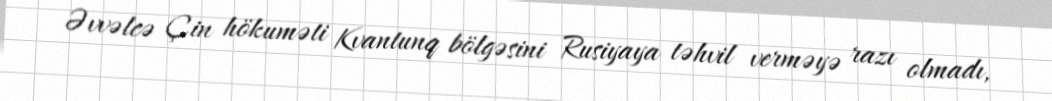
Əvvəlcə Çin hökuməti Kvantunq bölgəsini Rusiyaya təhvil verməyə razı olmadı,